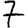
Digit: 7